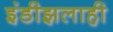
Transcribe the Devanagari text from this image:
इंडीझलाही